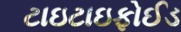
ટાઇટાઇફોઈડ